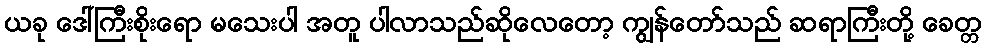
ယခု ဒေါ်ကြီးစိုးရော မသေးပါ အတူ ပါလာသည်ဆိုလေတော့ ကျွန်တော်သည် ဆရာကြီးတို့ ခေတ္တ